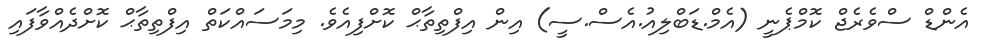
އެންޑް ސްވެރެޖް ކޮމްޕެނީ (އެމް.ޑަބްލިއު.އެސް.ސީ) އިން އިފްތިތާޙް ކޮށްފިއެވެ. މިމަސައްކަތް އިފްތިތާޙް ކޮށްދެއްވާފައި